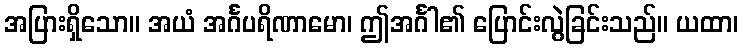
အပြားရှိသော။ အယံ အင်္ဂပရိဏာမော၊ ဤအင်္ဂါ၏ ပြောင်းလွဲခြင်းသည်။ ယထာ၊